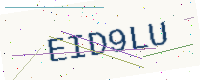
Text: EID9LU